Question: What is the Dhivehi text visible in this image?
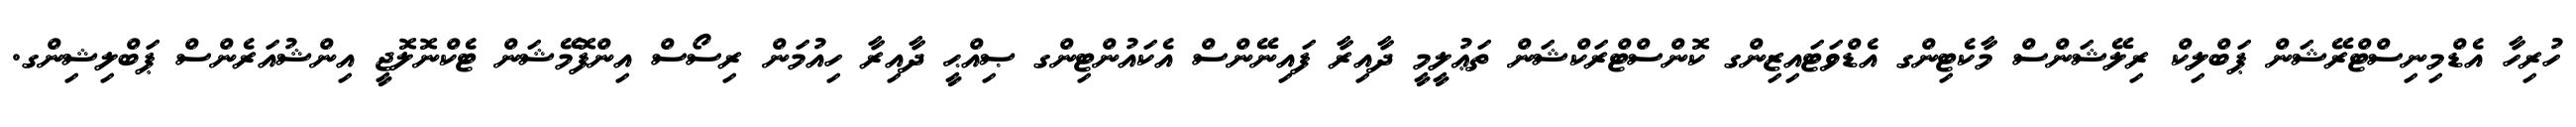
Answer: ހުރިހާ އެޑްމިނިސްޓްރޭޝަން ޕަބްލިކް ރިލޭޝަންސް މާކެޓިންގ އެޑްވަޓައިޒިންގ ކޮންސްޓްރަކްޝަން ތަޢުލީމީ ދާއިރާ ފައިނޭންސް އެކައުންޓިންގ ޞިއްޙީ ދާއިރާ ހިއުމަން ރިސޯސް އިންފޮމޭޝަން ޓެކްނޮލޮޖީ އިންޝުއަރެންސް ޕަބްލިޝިންގ.